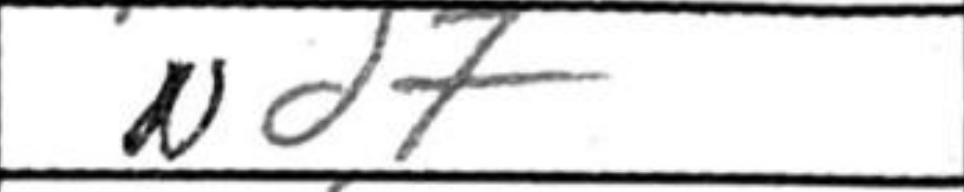
Transcription: Nd7